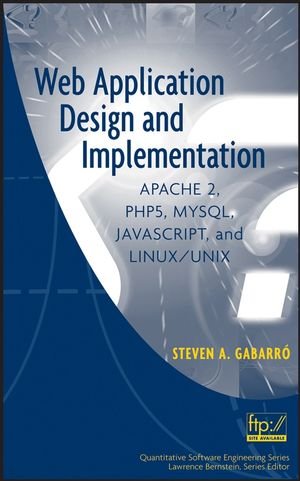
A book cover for Web Application Design and Implementation: Apache 2, PHP5, MySQL, JavaScript, and Linux/UNIX; Steven A. Gabarro; Computers & Technology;